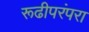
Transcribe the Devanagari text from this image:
रूढीपरंपरा